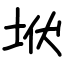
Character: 垘